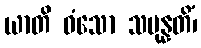
ယာတိ ဝံသော သမုန္နတိံ၊